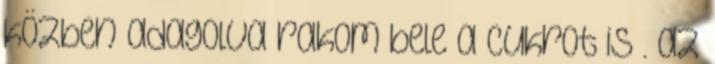
közben adagolva rakom bele a cukrot is . az